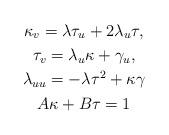
LaTeX: \begin{gather*}\kappa_{v}=\lambda\tau_{u}+2\lambda_{u}\tau,\\\tau_{v}=\lambda_{u}\kappa+\gamma_{u},\\\lambda_{uu}=-\lambda\tau^{2}+\kappa\gamma\\A\kappa+B\tau=1\end{gather*}